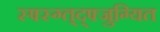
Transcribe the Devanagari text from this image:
स्फ्स्ग्त्द्फ्जुग्यित